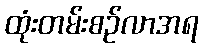
ထုံးတမ်းစဉ်လာအရ